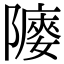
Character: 䧪